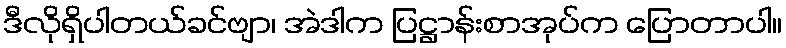
ဒီလိုရှိပါတယ်ခင်ဗျာ၊ အဲဒါက ပြဋ္ဌာန်းစာအုပ်က ပြောတာပါ။